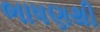
ભાષણથી